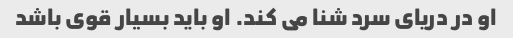
او در دریای سرد شنا می کند. او باید بسیار قوی باشد